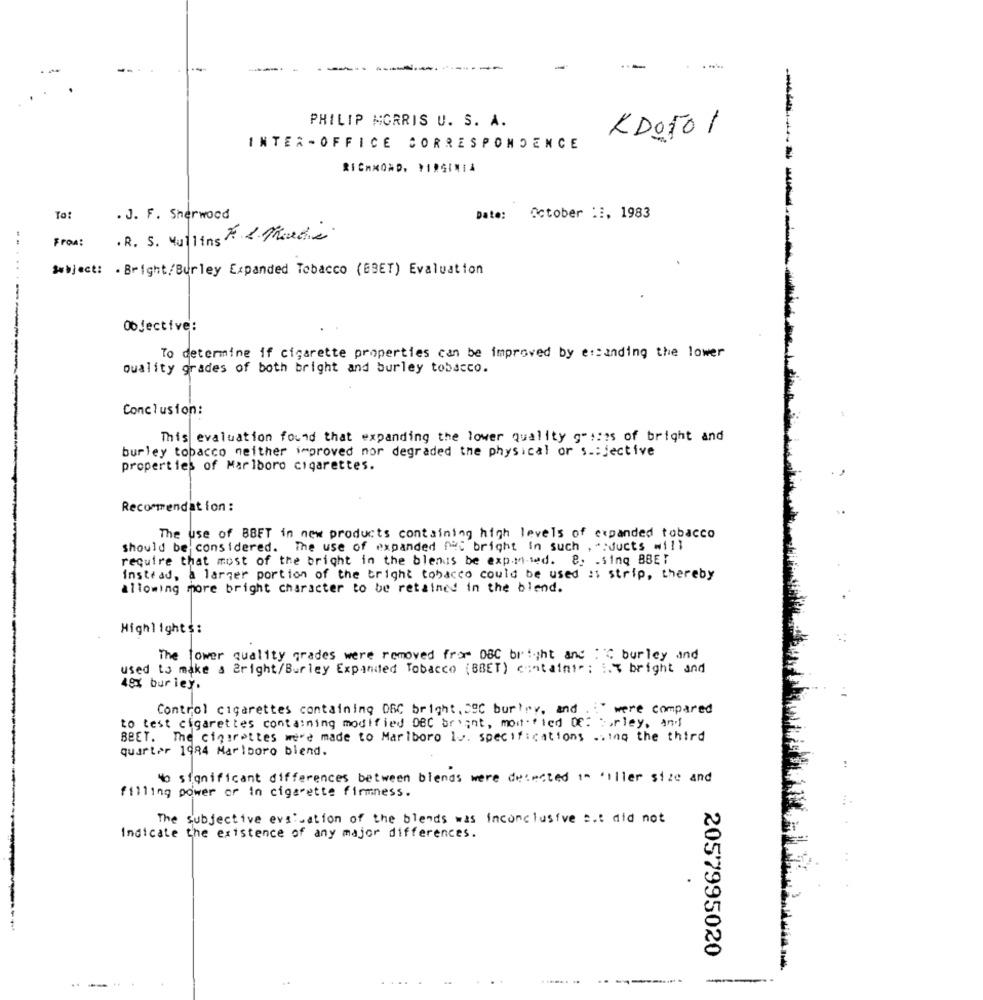
--
. .....
PHILIP MORRIS U. S. A.
KDO501
INTER -OFFICE CORRESPONDENCE
RICHMOND, VIRGINIA
----
To:
. J. F. Sherwood
Date:
October ::, 1983
From:
. R. S. Mailing . Thendie
Subject: . Bright/Burley Expanded Tobacco (BBET) Evaluation
Objective:
To determine if cigarette properties can be improved by e:canding the lower
Quality grades of both bright and burley tobacco.
------------
Conclusion:
This evaluation found that expanding the lower quality grises of bright and
burley tobacco neither improved nor degraded the physical or s .: jective
properties of Marlboro cigarettes.
Recommendation :
The use of BBET in new products containing high levels of expanded tobacco
should be considered. The use of expanded not bright in such , ":Jucts will
require that most of the bright in the blenis be exp.m-ted. 8: - sinQ BBET
instead, a larger portion of the bright tobacco could be used :s strip, thereby
allowing more bright character to be retained in the blend.
Highlights:
The tower quality grades were removed from DBC bright and : C burley and
used to make a Bright/Burley Expanded Tobacco (BBET) contains": 1.% bright and
49X bur ley.
Control cigarettes containing DEC bright, CSC burtry, and . : " were compared
to test cigarettes containing modified DBC bright, moi ·· led Of: Sorley, and
BBET. The cigarettes were made to Marlboro Iv. specifications .. ing the third
quarter 1984 Marlboro blend.
No significant differences between blends were detected ta 'iller size and
filling power or in cigarette firmness.
The subjective evaluation of the blends was inconclusive =.: did not
Indicate the existence of any major differences.
--
2057995020
....
...... ..